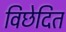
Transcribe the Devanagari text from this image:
विछेदित